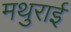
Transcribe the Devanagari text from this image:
मथुराई